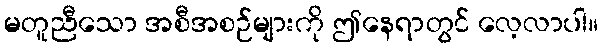
မတူညီသော အစီအစဉ်များကို ဤနေရာတွင် လေ့လာပါ။